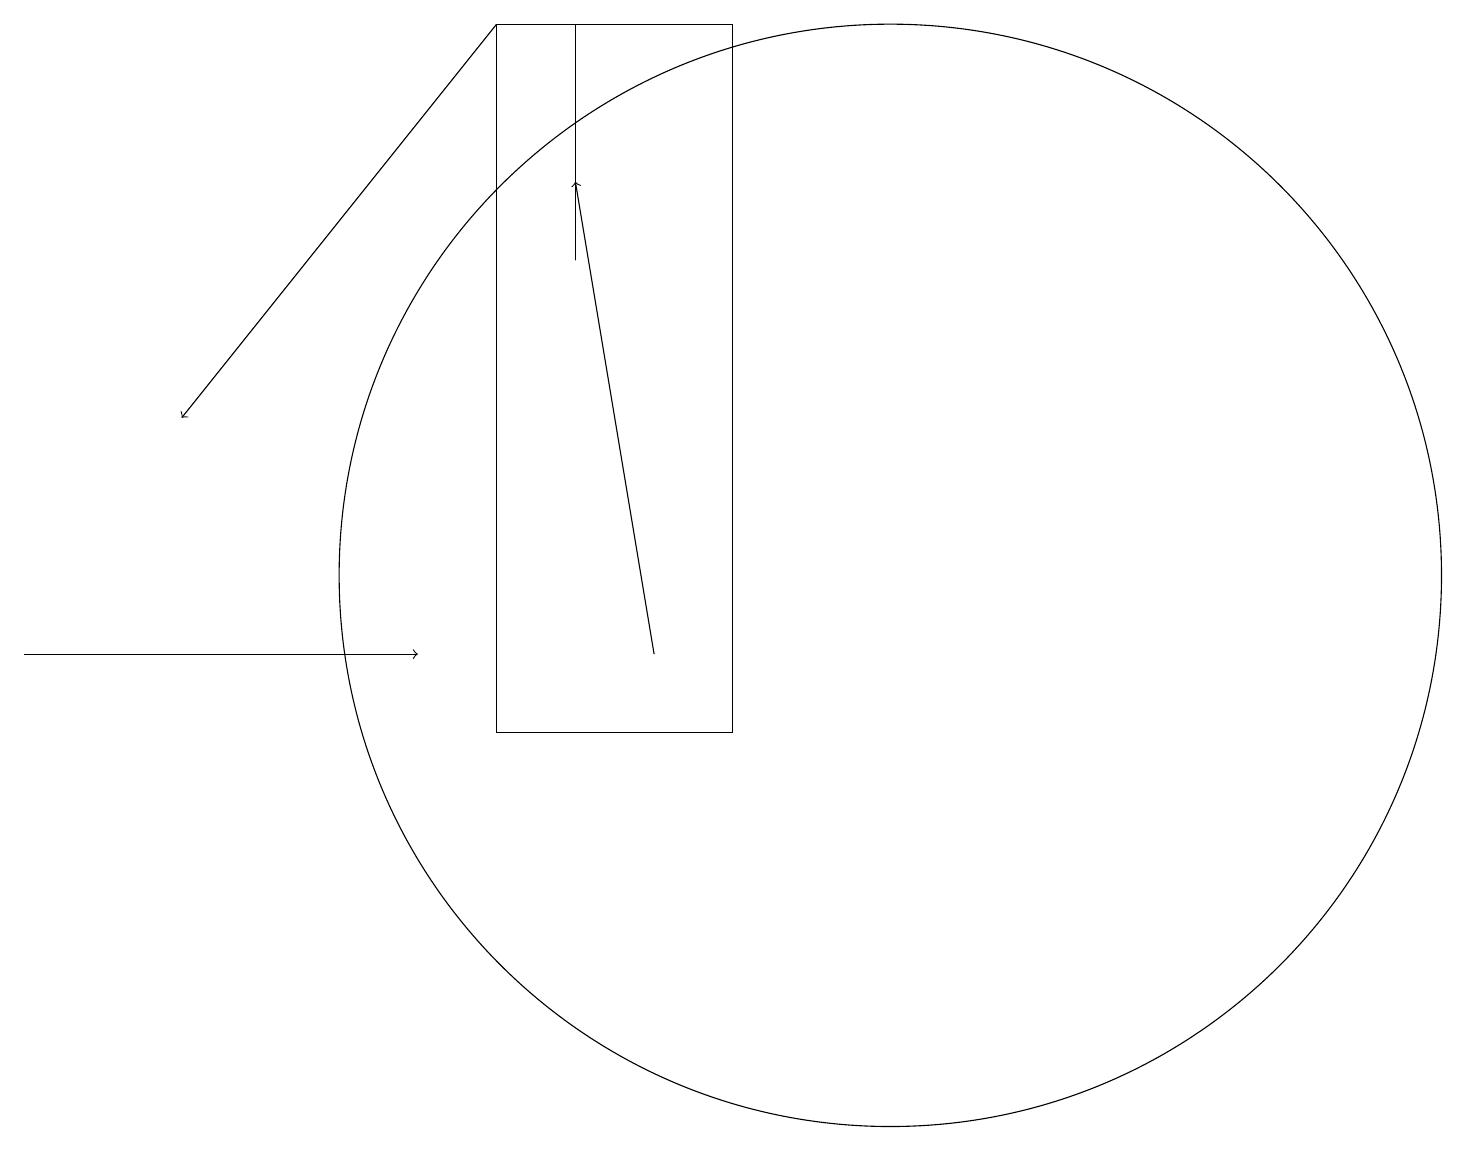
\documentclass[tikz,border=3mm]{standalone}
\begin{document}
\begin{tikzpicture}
\draw (7,19) rectangle (7,16);
\draw (9,10) rectangle (6,19);
\draw (11,12) circle (7);
\draw[->] (6,19) -- (2,14);
\draw[->] (0,11) -- (5,11);
\draw[->] (8,11) -- (7,17);
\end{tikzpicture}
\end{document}